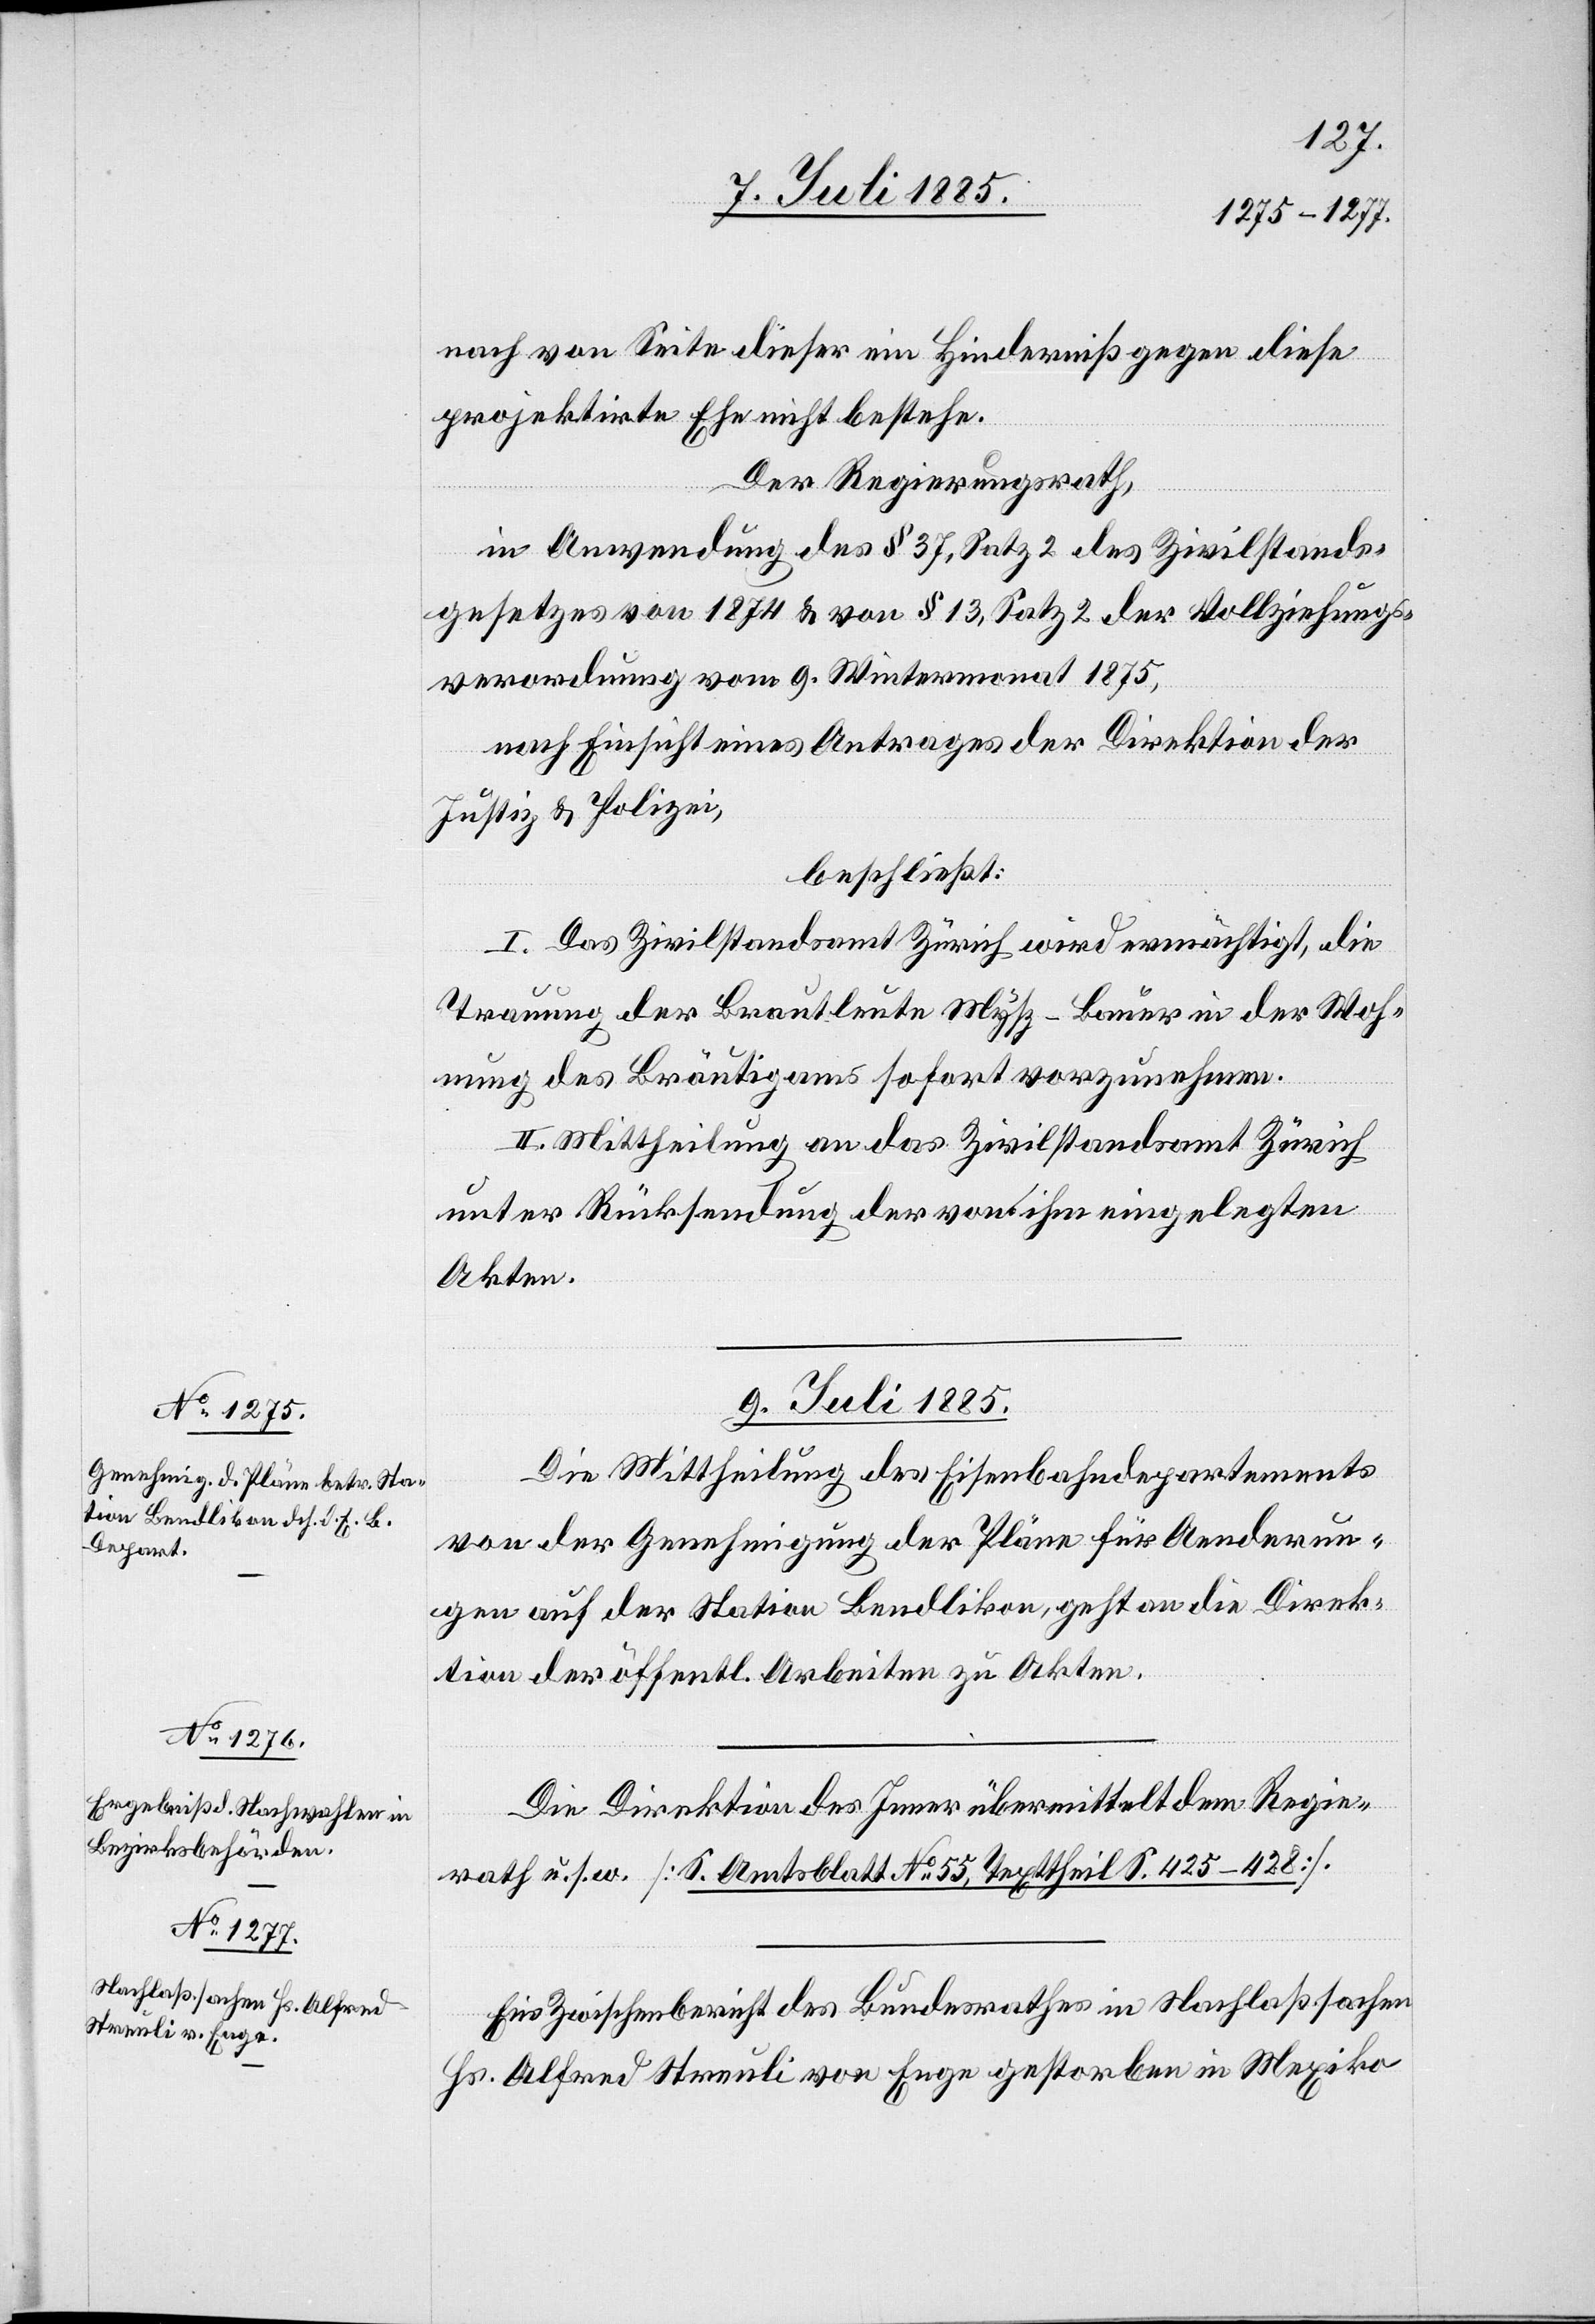
9. Juli 1885.]
nach von Seite dieser ein Hinderniß gegen diese
projektirte Ehe nicht bestehe.
Der Regierungsrath,
in Anwendung des § 37, Satz 2 des Zivilstands¬
gesetzes von 1874 & von § 13, Satz 2 der Vollziehungs¬
verordnung vom 9. Wintermonat 1875,
nach Einsicht eines Antrages der Direktion der
Justiz & Polizei,
beschließt:
I. Das Zivilstandsamt Zürich wird ermächtigt, die
Trauung der Brautleute Mysz-Bauer in der Woh¬
nung des Bräutigams sofort vorzunehmen.
II. Mittheilung an das Zivilstandsamt Zürich
unter Rücksendung der von ihm eingelegten
Akten.
9. Juli 1885.
Die Mittheilung des Eisenbahndepartements
von der Genehmigung der Pläne für Aenderun¬
gen auf der Station Bendlikon geht an die Direk¬
tion der öffentl. Arbeiten zu Akten.
Die Direktion des Inner[n] übermittelt dem Regie[run¬
gs]rath u. s. w. [S. Amtsblatt No 55, Texttheil S. 425–428].
Ein Zwischenbericht des Bundesrathes in Nachlaßsachen
Hs. Alfred Streuli von Enge gestorben in Mexiko